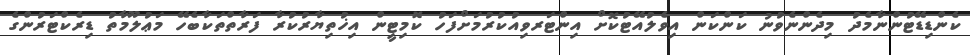
ކެންޑިޑޭޓުންނާމެދު މިދެންްނެވުނު ކަންކަން އިވެލުއޭޓުކޮށް އިންޓަރވިއުކުރުމަށްފަހު ކޮމިޓީން އިޚުތިޔާރުކުރާ ފަރާތްތަކާބެހޭ މަޢުލޫމާތު ޑިރެކްޓަރުންގެ